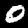
Digit: 0